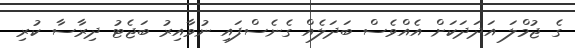
ގެ ޖުމްލަ އަދަދަކަށް އެއްވެސް ބަދަލެއް ގެނެސްފައި ނުވާއިރު ބަޖެޓު ދިރާސާ ކުރި